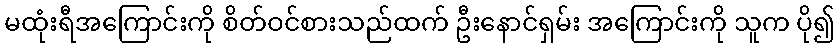
မထုံးရီအကြောင်းကို စိတ်ဝင်စားသည်ထက် ဦးနောင်ရှမ်း အကြောင်းကို သူက ပို၍